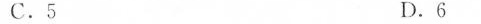
C.5 D.6